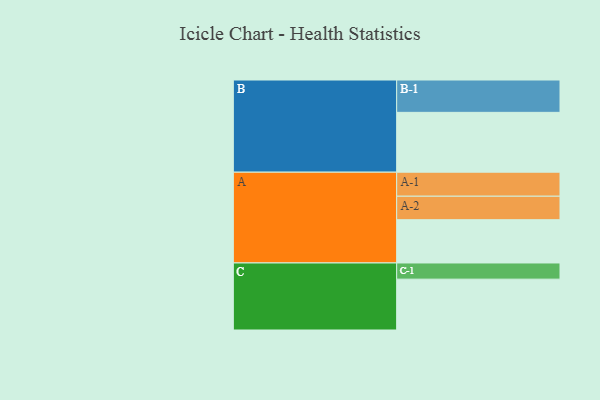
{"axis": {"x": "Segment", "y": "Value"}, "legend": ["", "A", "B", "C"], "data": [{"x": "A", "y": 337, "type": ""}, {"x": "B", "y": 466, "type": ""}, {"x": "C", "y": 396, "type": ""}, {"x": "A-1", "y": 187, "type": "A"}, {"x": "A-2", "y": 183, "type": "A"}, {"x": "B-1", "y": 252, "type": "B"}, {"x": "C-1", "y": 126, "type": "C"}]}